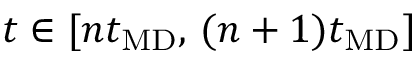
t \in [ n t _ { \mathrm { M D } } , \, ( n + 1 ) t _ { \mathrm { M D } } ]